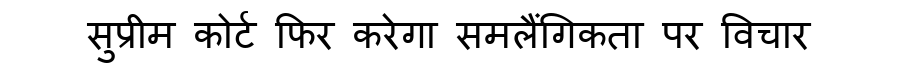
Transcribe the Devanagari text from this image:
सुप्रीम कोर्ट फिर करेगा समलैंगिकता पर विचार